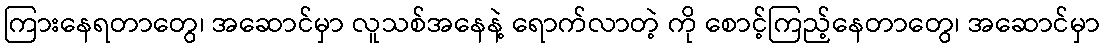
ကြားနေရတာတွေ၊ အဆောင်မှာ လူသစ်အနေနဲ့ ရောက်လာတဲ့ ကို စောင့်ကြည့်နေတာတွေ၊ အဆောင်မှာ